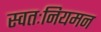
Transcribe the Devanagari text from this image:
स्वतःनियमन